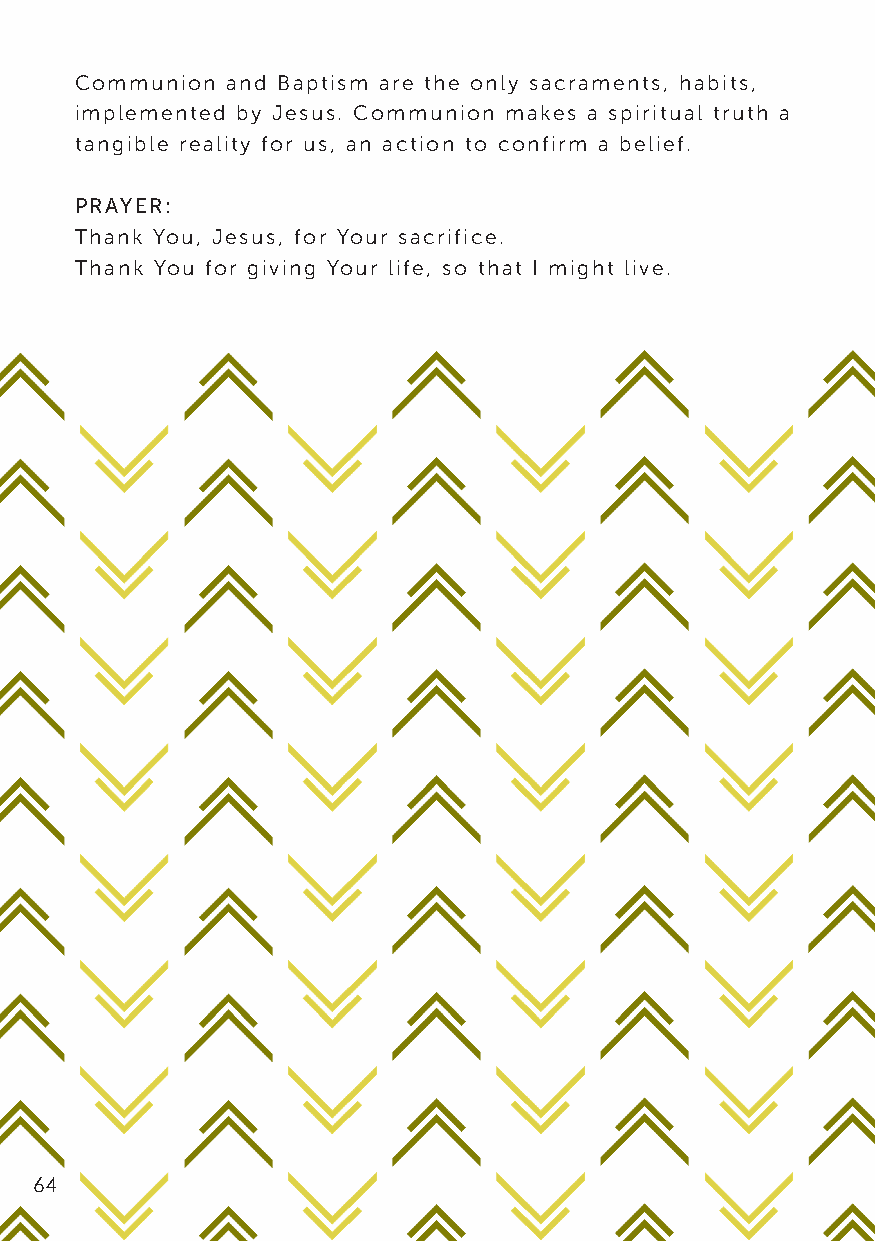
Communion and Baptism are the only sacraments, habits,
 implemented by Jesus. Communion makes a spiritual truth a
 tangible reality for us, an action to confirm a belief.
 PRAYER:
 Thank You, Jesus, for Your sacrifice.
 Thank You for giving Your life, so that I might live.
 64